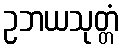
ဥဘယသုတ္တံ